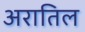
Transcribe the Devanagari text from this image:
अरातिल